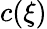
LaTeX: c(\xi)